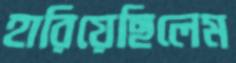
হারিয়েছিলেম